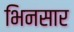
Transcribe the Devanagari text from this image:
भिनसार